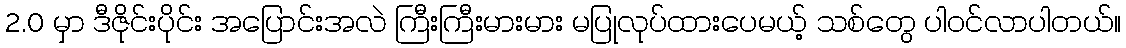
2.0 မှာ ဒီဇိုင်းပိုင်း အပြောင်းအလဲ ကြီးကြီးမားမား မပြုလုပ်ထားပေမယ့် သစ်တွေ ပါဝင်လာပါတယ်။